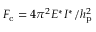
F _ { \mathrm { c } } = 4 \pi ^ { 2 } E ^ { * } I ^ { * } / h _ { \mathrm { p } } ^ { 2 }